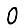
Digit: 0